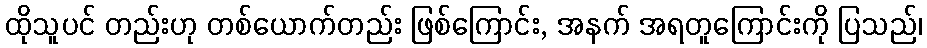
ထိုသူပင် တည်းဟု တစ်ယောက်တည်း ဖြစ်ကြောင်း, အနက် အရတူကြောင်းကို ပြသည်၊